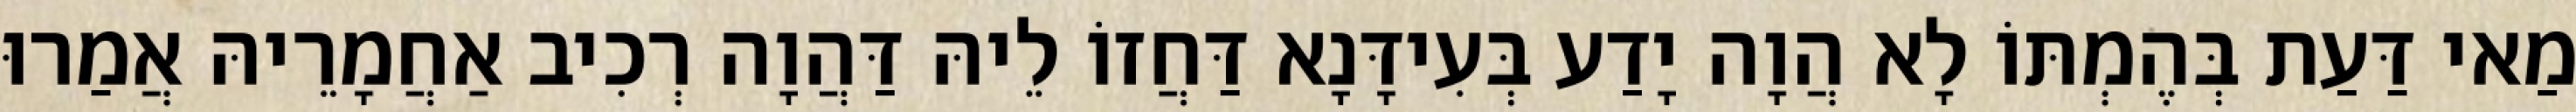
מַאי דַּעַת בְּהֶמְתּוֹ לָא הֲוָה יָדַע בְּעִידָּנָא דַּחֲזוֹ לֵיהּ דַּהֲוָה רְכִיב אַחֲמָרֵיהּ אֲמַרוּ